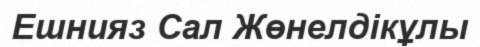
Ешнияз Сал Жөнелдікұлы